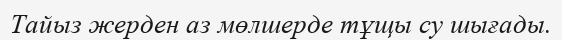
Тайыз жерден аз мөлшерде тұщы су шығады.